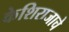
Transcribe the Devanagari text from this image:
केशिराजाचे